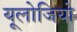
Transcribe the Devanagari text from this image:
यूलोजियो